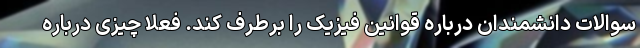
سوالات دانشمندان درباره قوانین فیزیک را برطرف کند. فعلا چیزی درباره